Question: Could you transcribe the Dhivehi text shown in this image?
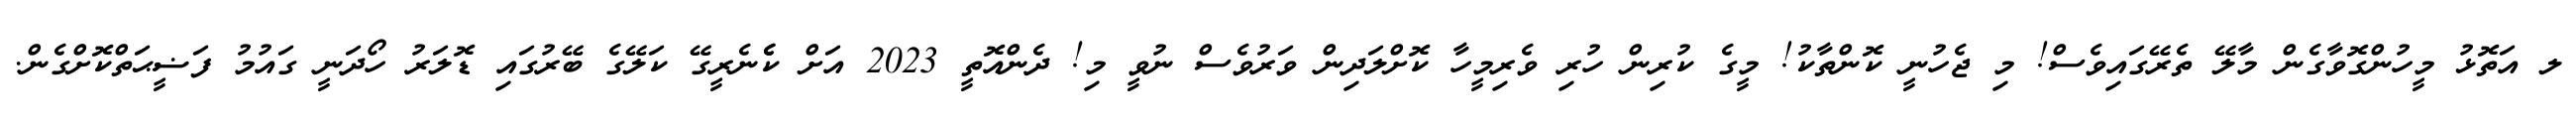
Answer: ލ އަތޮޅު މީހުންގޮވާގެން މާލޭ ތެރޭގައިވެސް! މި ޖެހުނީ ކޮންތާކު! މީގެ ކުރިން ހުރި ވެރިމީހާ ކޮށްލަދިން ވަރުވެސް ނުވީ މި! ދެންއޮތީ 2023 އަށް ކެެނެރީގޭ ކަލޭގެ ބޭރުގައި ޑޮލަރު ހޯދަނީ ގައުމު ފަޟީޙަތްކޮށްގެން.